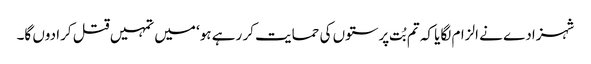
شہزادے نے الزام لگایا کہ تم بُت پرستوں کی حمایت کر رہے ہو‘ میں تمہیں قتل کرا دوں گا۔